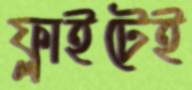
ফ্লাইটেই